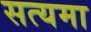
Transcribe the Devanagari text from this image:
सत्यमा